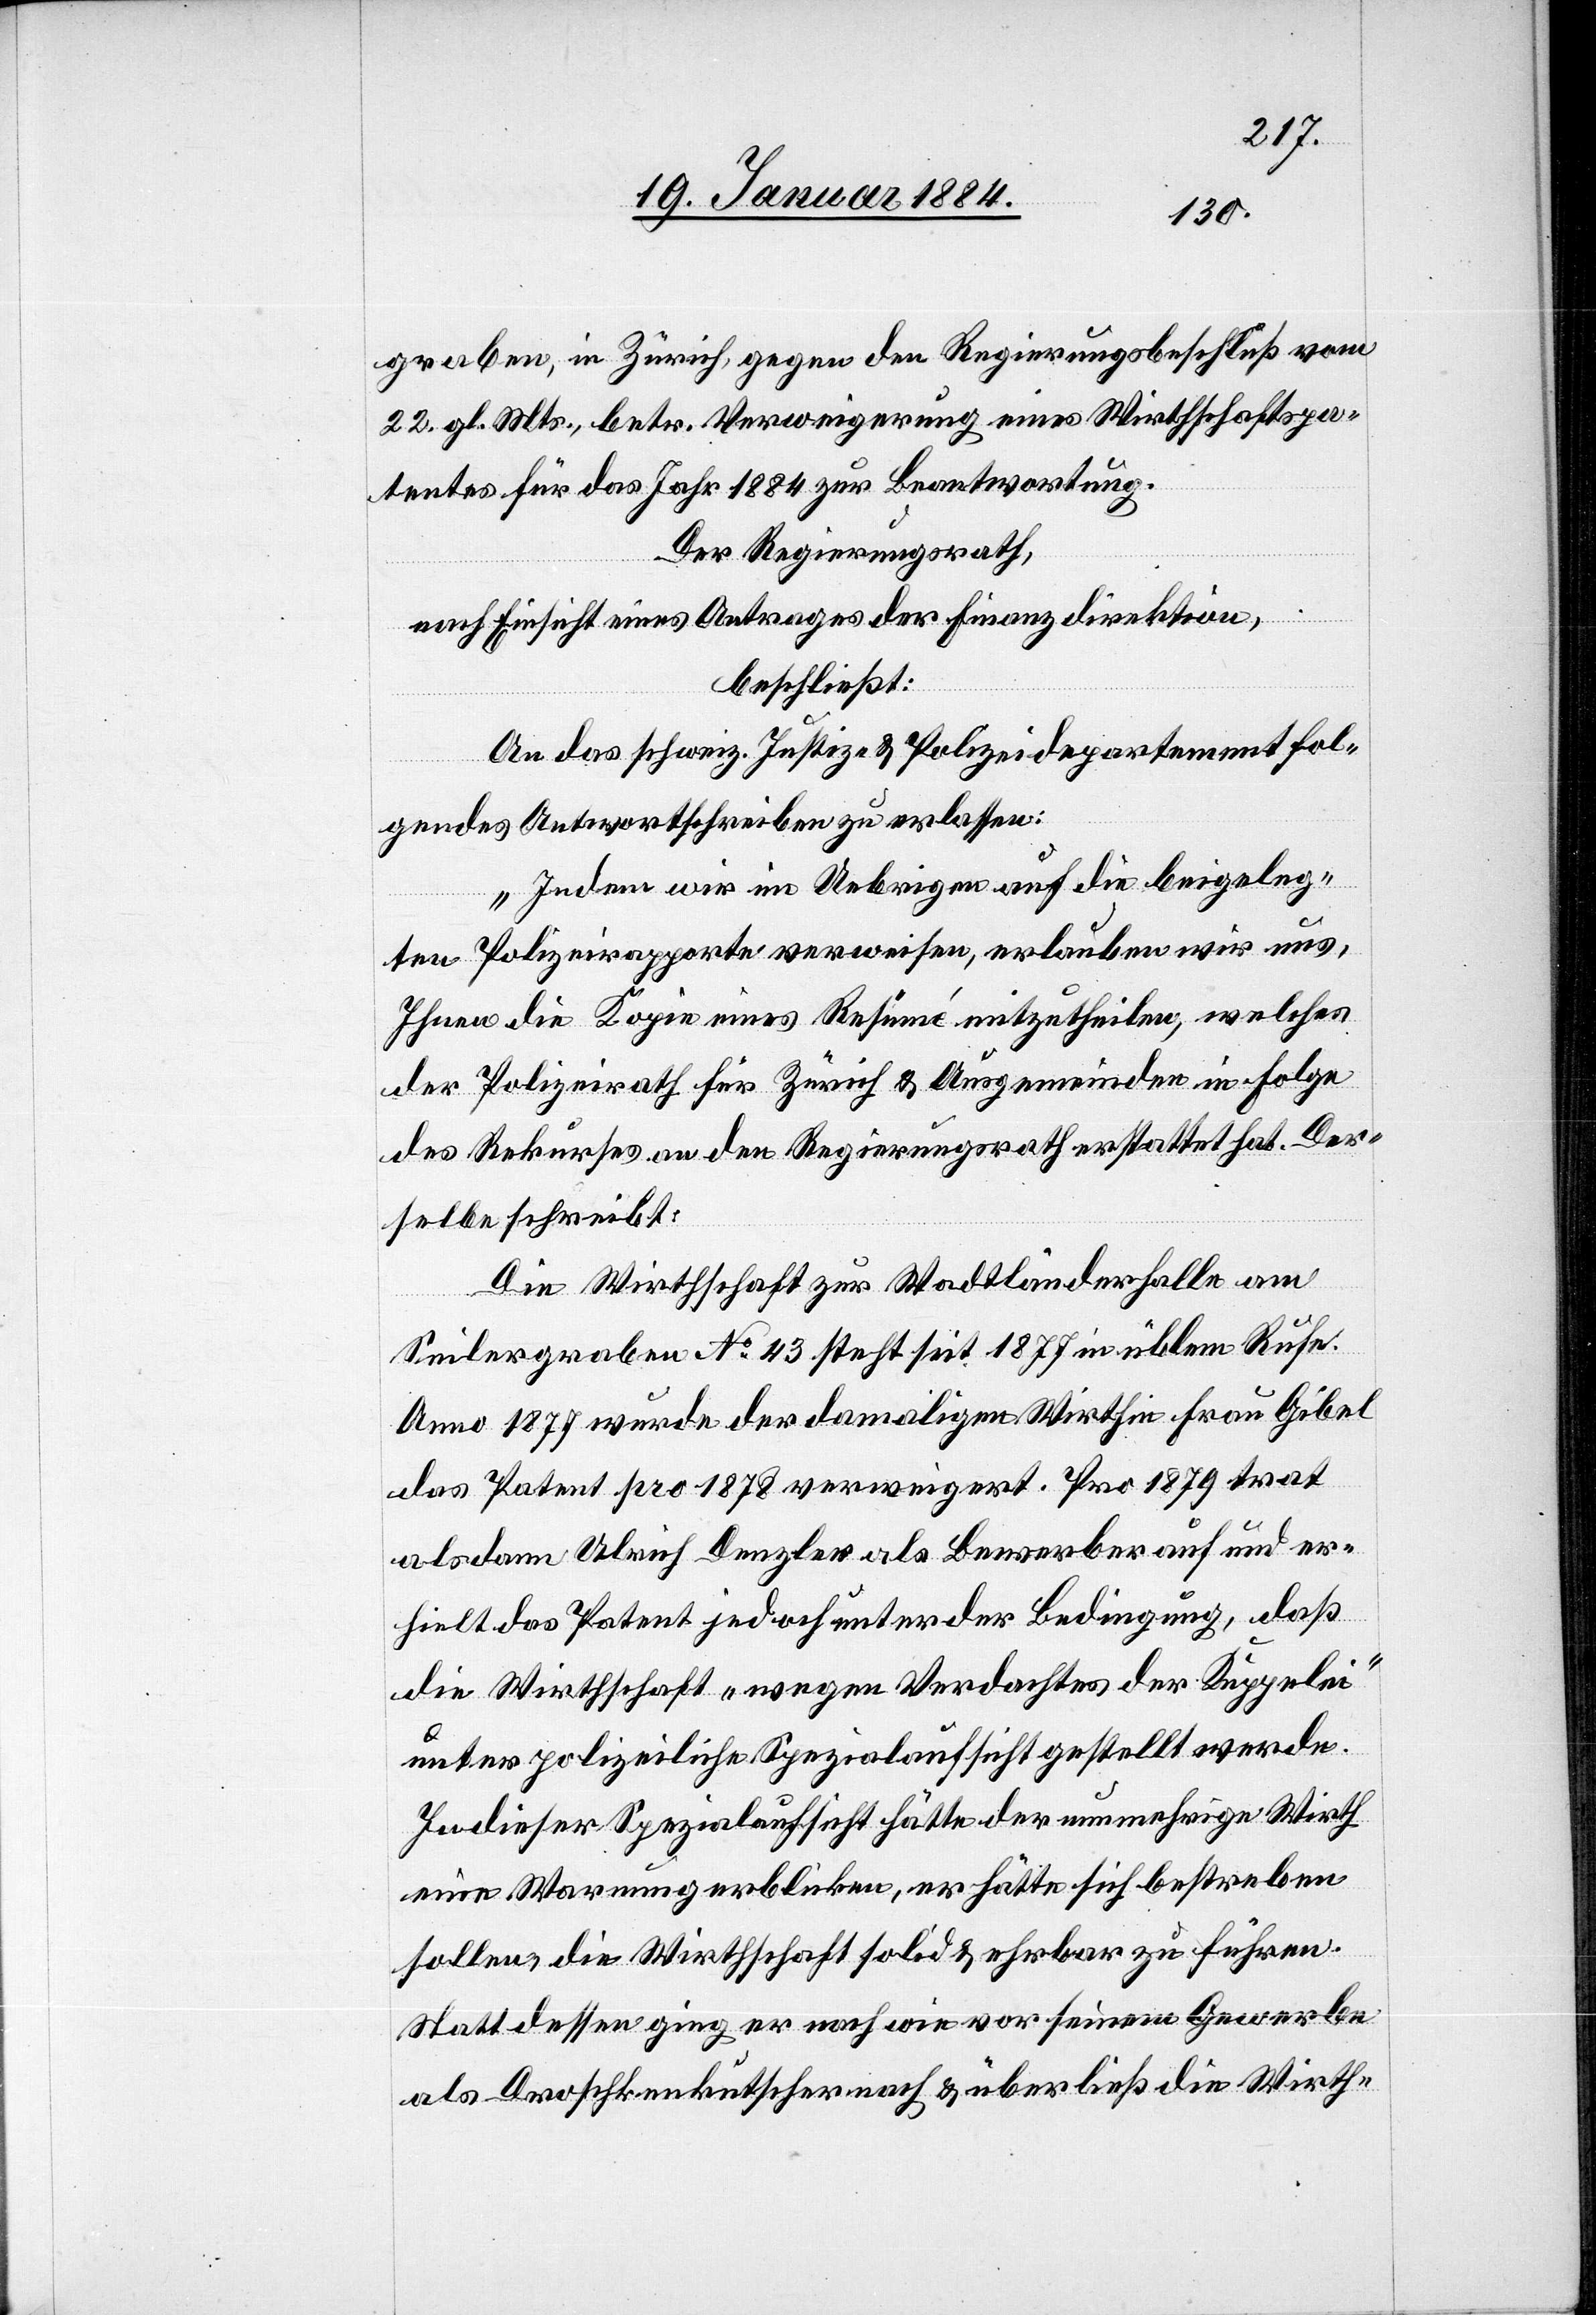
graben, in Zürich, gegen den Regierungsbeschluß vom
22. gl. Mts., betr. Verweigerung eines Wirthschaftspa¬
tentes für das Jahr 1884 zur Beantwortung.
Der Regierungsrath,
nach Einsicht eines Antrages der Finanzdirektion,
beschließt:
An das schweiz. Justiz- & Polizeidepartement fol¬
gendes Antwortschreiben zu erlassen:
„Indem wir im Uebrigen auf die beigeleg¬
ten Polizeirapporte verweisen, erlauben wir uns,
Ihnen die Kopie eines Resümé mitzutheilen, welches
der Polizeirath für Zürich & Ausgemeinden in Folge
des Rekurses an den Regierungsrath erstattet hat. Das¬
selbe schreibt:
Die Wirtschaft zur Wadtländerhalle am
Seilergraben No. 43 steht seit 1877 in üblem Rufe.
Anno 1877 wurde der damaligen Wirthin Frau Gibel
das Patent pro 1878 verweigert. Pro 1879 trat
alsdann Ulrich Denzler als Bewerber auf und er¬
hielt das Patent jedoch unter der Bedingung, daß
die Wirtschaft „wegen Verdachtes der Kuppelei“
unter polizeiliche Spezialaufsicht gestellt werde.
In dieser Spezialaufsicht hätte der nunmehrige Wirth
eine Warnung erblicken, er hätte sich bestreben
sollen, die Wirthschaft solid & ehrbar zu führen.
Stattdessen ging er nach wie vor seinem Gewerbe
als Droschkenkutscher nach & überließ die Wirth-